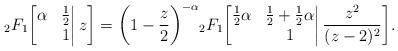
LaTeX: \begin{align*}{}_2F_1\bigg[\begin{matrix}\alpha&\frac12\\&1\end{matrix}\bigg|\,z\bigg]=\bigg(1-\frac z2\bigg)^{-\alpha}{}_2F_1\bigg[\begin{matrix}\frac12\alpha&\frac12+\frac12\alpha\\&1\end{matrix}\bigg|\,\frac{z^2}{(z-2)^2}\bigg].\end{align*}